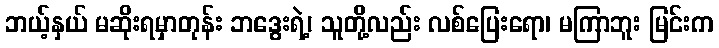
ဘယ့်နှယ် မဆိုးရမှာတုန်း ဘဒွေးရဲ့၊ သူတို့လည်း လစ်ပြေးရော၊ မကြာဘူး မြင်းက